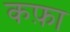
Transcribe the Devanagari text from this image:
कफ़ा